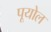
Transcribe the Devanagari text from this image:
पूयोल